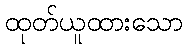
ထုတ်ယူထားသော